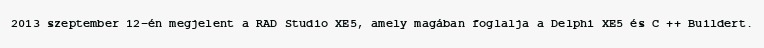
2013 szeptember 12-én megjelent a RAD Studio XE5, amely magában foglalja a Delphi XE5 és C ++ Buildert.